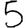
Digit: 5